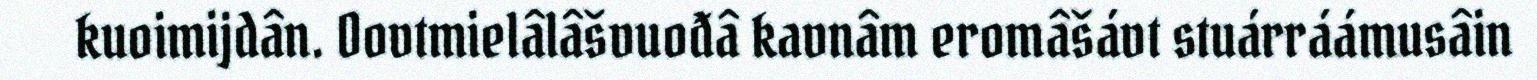
kuoimijdân. Oovtmielâlâšvuođâ kavnâm eromâšávt stuárráámusâin